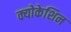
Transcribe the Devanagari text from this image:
क्योकेशिन